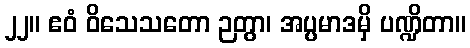
၂၂။ ဧဝံ ဝိသေသတော ဉတွာ၊ အပ္ပမာဒမှိ ပဏ္ဍိတာ။